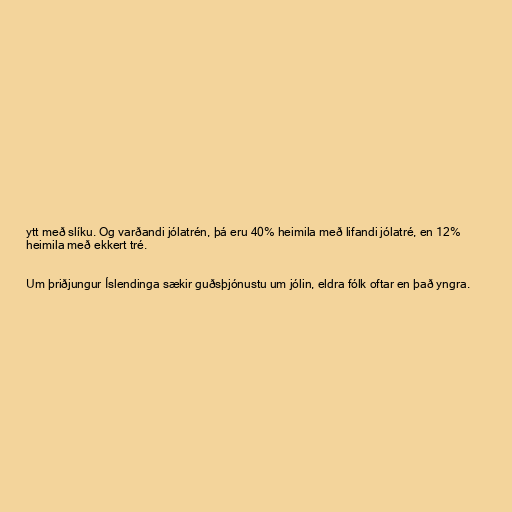
ytt með slíku. Og varðandi jólatrén, þá eru 40% heimila með lifandi jólatré, en 12%
heimila með ekkert tré.

Um þriðjungur Íslendinga sækir guðsþjónustu um jólin, eldra fólk oftar en það yngra.